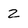
Character: z